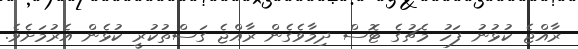
ރާއްޖެ ކުޅުނު ފަހު މެޗުގެ ޓޮސް ދިމާވެގެން ރާއްޖެ ގަސްތުކުރީ ކުޅެން އެރުމަށެވެ.